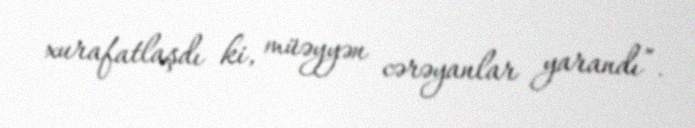
xurafatlaşdı ki, müəyyən cərəyanlar yarandı”.